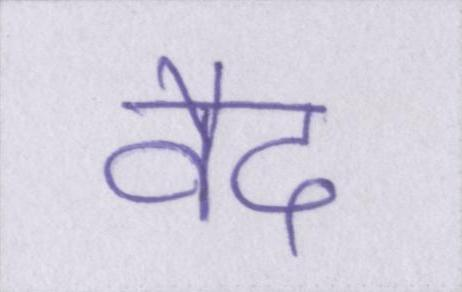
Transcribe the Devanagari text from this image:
वैद